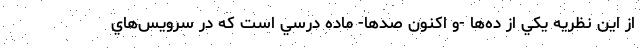
از اين نظريه يكي از ده‌ها -و اكنون صدها- ماده درسي است كه در سرويس‌هاي